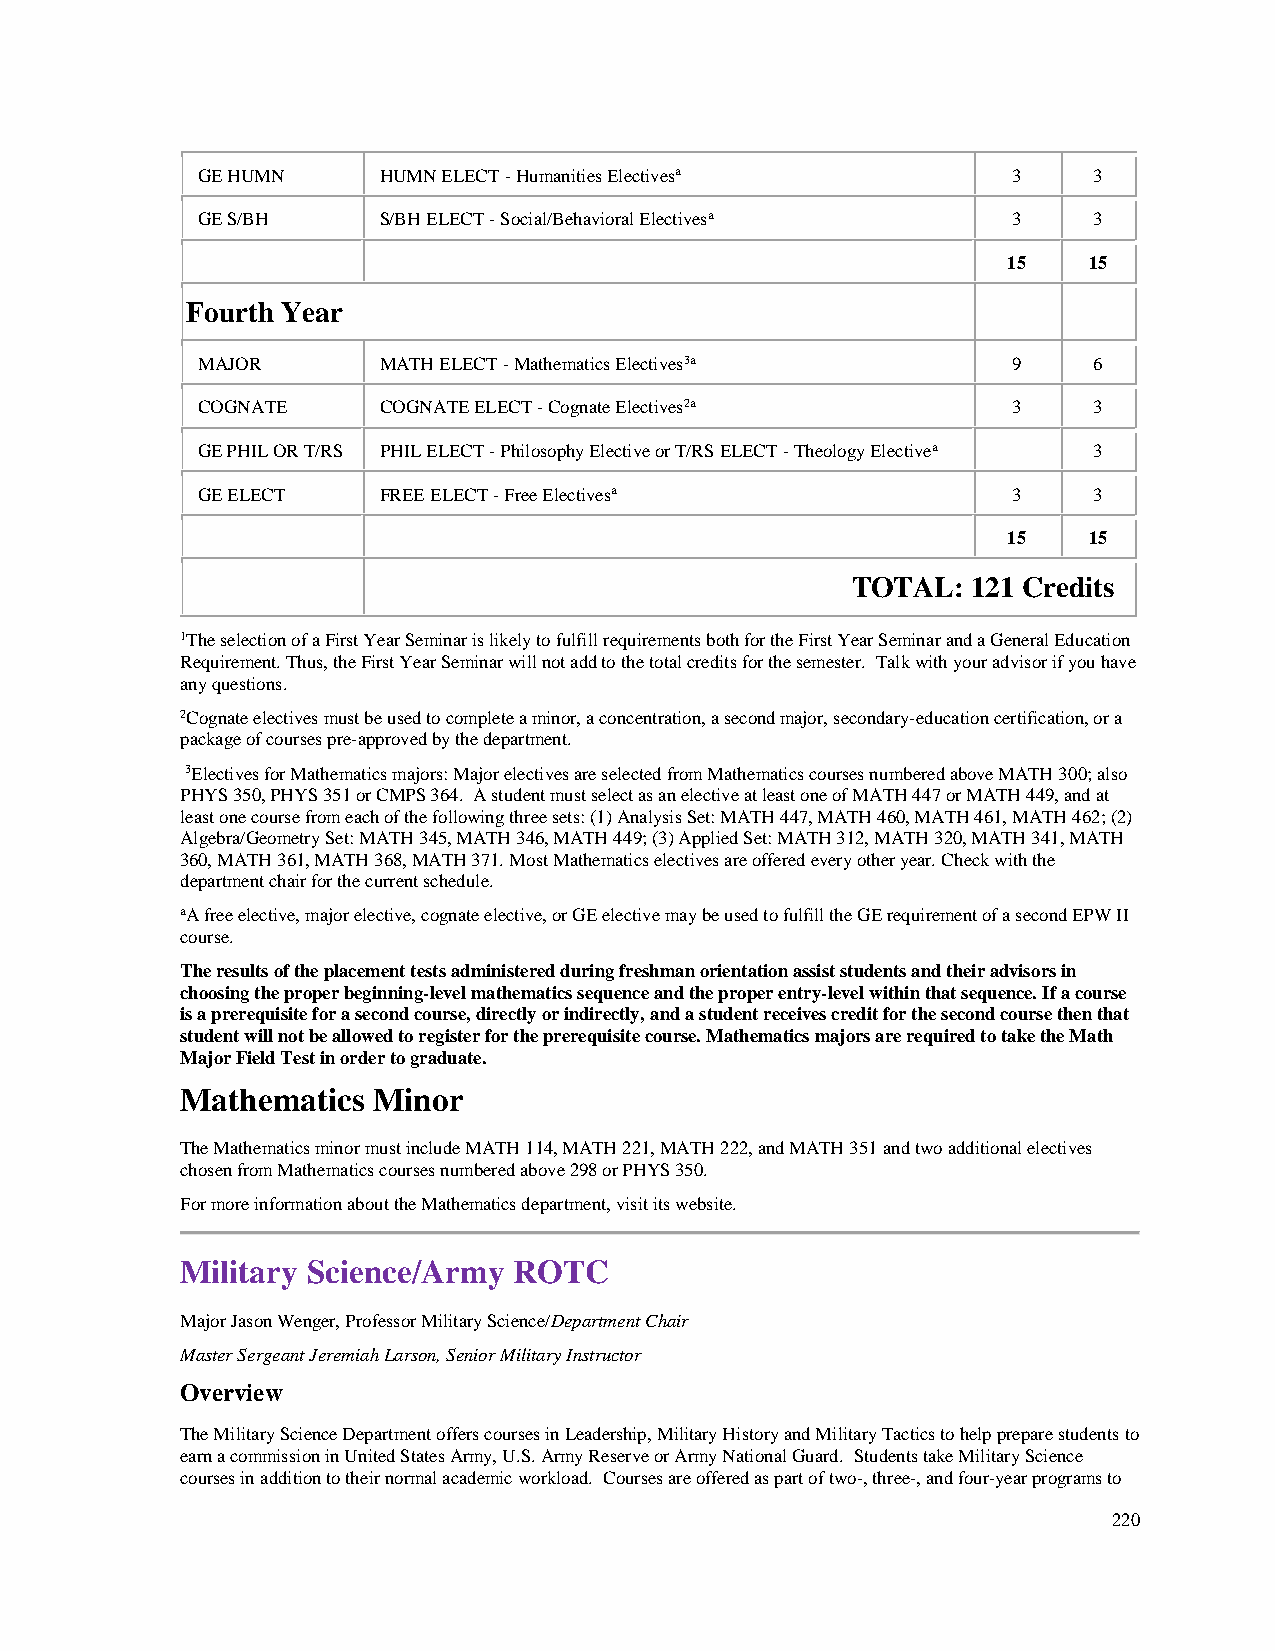
GE HUMN     HUMN ELECT - Humanities Electivesa        3    3
 GE S/BH     S/BH ELECT - Social/Behavioral Electivesa 3    3
 15   15
 Fourth Year
 MAJOR       MATH ELECT - Mathematics Electives3a      9    6
 COGNATE     COGNATE ELECT - Cognate Electives2a       3    3
 GE PHIL OR T/RS PHIL ELECT - Philosophy Elective or T/RS ELECT - Theology Electivea 3
 GE ELECT    FREE ELECT - Free Electivesa              3    3
 15   15
 TOTAL:  121 Credits
 1The selection of a First Year Seminar is likely to fulfill requirements both for the First Year Seminar and a General Education
 Requirement. Thus, the First Year Seminar will not add to the total credits for the semester. Talk with your advisor if you have
 any questions.
 2Cognate electives must be used to complete a minor, a concentration, a second major, secondary-education certification, or a
 package of courses pre-approved by the department.
 3Electives for Mathematics majors: Major electives are selected from Mathematics courses numbered above MATH 300; also
 PHYS 350, PHYS 351 or CMPS 364. A student must select as an elective at least one of MATH 447 or MATH 449, and at
 least one course from each of the following three sets: (1) Analysis Set: MATH 447, MATH 460, MATH 461, MATH 462; (2)
 Algebra/Geometry Set: MATH 345, MATH 346, MATH 449; (3) Applied Set: MATH 312, MATH 320, MATH 341, MATH
 360, MATH 361, MATH 368, MATH 371. Most Mathematics electives are offered every other year. Check with the
 department chair for the current schedule.
 aA free elective, major elective, cognate elective, or GE elective may be used to fulfill the GE requirement of a second EPW II
 course.
 The results of the placement tests administered during freshman orientation assist students and their advisors in
 choosing the proper beginning-level mathematics sequence and the proper entry-level within that sequence. If a course
 is a prerequisite for a second course, directly or indirectly, and a student receives credit for the second course then that
 student will not be allowed to register for the prerequisite course. Mathematics majors are required to take the Math
 Major Field Test in order to graduate.
 Mathematics  Minor
 The Mathematics minor must include MATH 114, MATH 221, MATH 222, and MATH 351 and two additional electives
 chosen from Mathematics courses numbered above 298 or PHYS 350.
 For more information about the Mathematics department, visit its website.
 Military Science/Army ROTC
 Major Jason Wenger, Professor Military Science/Department Chair
 Master Sergeant Jeremiah Larson, Senior Military Instructor
 Overview
 The Military Science Department offers courses in Leadership, Military History and Military Tactics to help prepare students to
 earn a commission in United States Army, U.S. Army Reserve or Army National Guard. Students take Military Science
 courses in addition to their normal academic workload. Courses are offered as part of two-, three-, and four-year programs to
 220